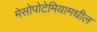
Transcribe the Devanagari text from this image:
मेसोपोटेमियामधील